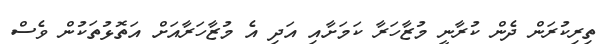
ތިރިކުރަން ދެން ކުރާނީ މުޒާހަރާ ކަމަށާއި އަދި އެ މުޒާހަރާއަށް އަތޮޅުތަކުން ވެސް